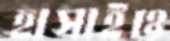
হাসাইও